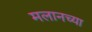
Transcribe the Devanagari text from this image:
मलानच्या